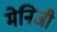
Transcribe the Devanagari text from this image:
मेनिजी